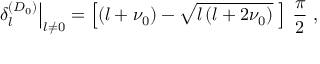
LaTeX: \left. \delta _ { l } ^ { ( D _ { 0 } ) } \right| _ { l \neq 0 } = \left[ \left( l + \nu _ { 0 } \right) - \sqrt { l \left( l + 2 \nu _ { 0 } \right) } \; \right] \, \frac { \pi } { 2 } \; ,